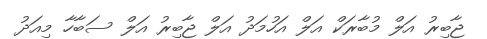
ޖާބިރު އަލް މުބާރަކް އަލް އަހުމަދު އަލް ޖާބިރު އަލް ސަބާހާ މިއަދު